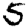
Digit: 5